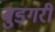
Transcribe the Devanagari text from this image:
बुडगरी